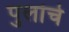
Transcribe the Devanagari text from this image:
पुलांचे